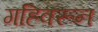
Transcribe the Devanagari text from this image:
गहिवरून